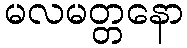
မလမတ္တနော